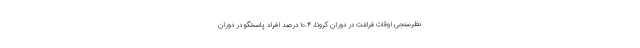
نظرسنجی اوقات فراغت در دوران کرونا، ۱۰.۴ درصد افراد پاسخگو در دوران